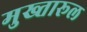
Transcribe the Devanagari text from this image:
मुख्तारूल